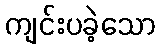
ကျင်းပခဲ့သော